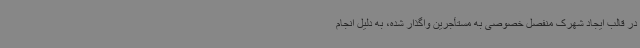
در قالب ایجاد شهرک منفصل خصوصی به مستأجرین واگذار شده، به دلیل انجام